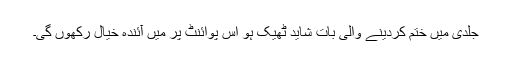
جلدی میں ختم کردینے والی بات شاید ٹھیک ہو اس پوائنٹ پر میں آئندہ خیال رکھوں گی۔